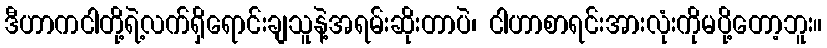
ဒီဟာကငါတို့ရဲ့လက်ရှိရောင်းချသူနဲ့အရမ်းဆိုးတာပဲ၊ ငါဟာစာရင်းအားလုံးကိုမပို့တော့ဘူး။